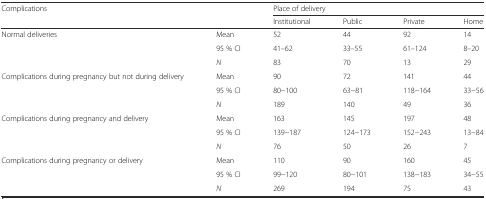
| <ROWSPAN=2-COLSPAN=2> Complications | <COLSPAN=4> Place of delivery |
 | Institutional | Public | Private | Home |
 | --- | --- | --- | --- | --- | --- |
 | <ROWSPAN=3> Normal deliveries | Mean | 52 | 44 | 92 | 14 |
 | 95 % CI | 41–62 | 33–55 | 61–124 | 8–20 |
 | N | 83 | 70 | 13 | 29 |
 | <ROWSPAN=3> Complications during pregnancy but not during delivery | Mean | 90 | 72 | 141 | 44 |
 | 95 % CI | 80−100 | 63−81 | 118−164 | 33−56 |
 | N | 189 | 140 | 49 | 36 |
 | <ROWSPAN=3> Complications during pregnancy and delivery | Mean | 163 | 145 | 197 | 48 |
 | 95 % CI | 139−187 | 124−173 | 152−243 | 13−84 |
 | N | 76 | 50 | 26 | 7 |
 | <ROWSPAN=3> Complications during pregnancy or delivery | Mean | 110 | 90 | 160 | 45 |
 | 95 % CI | 99−120 | 80−101 | 138−183 | 34−55 |
 | N | 269 | 194 | 75 | 43 |